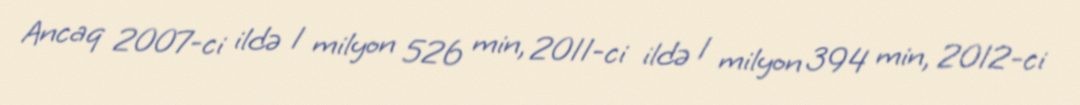
Ancaq 2007-ci ildə 1 milyon 526 min, 2011-ci ildə 1 milyon 394 min, 2012-ci